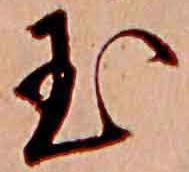
玉